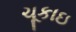
ચૂકાઇ